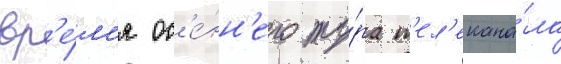
вр'е́м'я ос'е́нн'его ту́ра т'ел'екана́ла